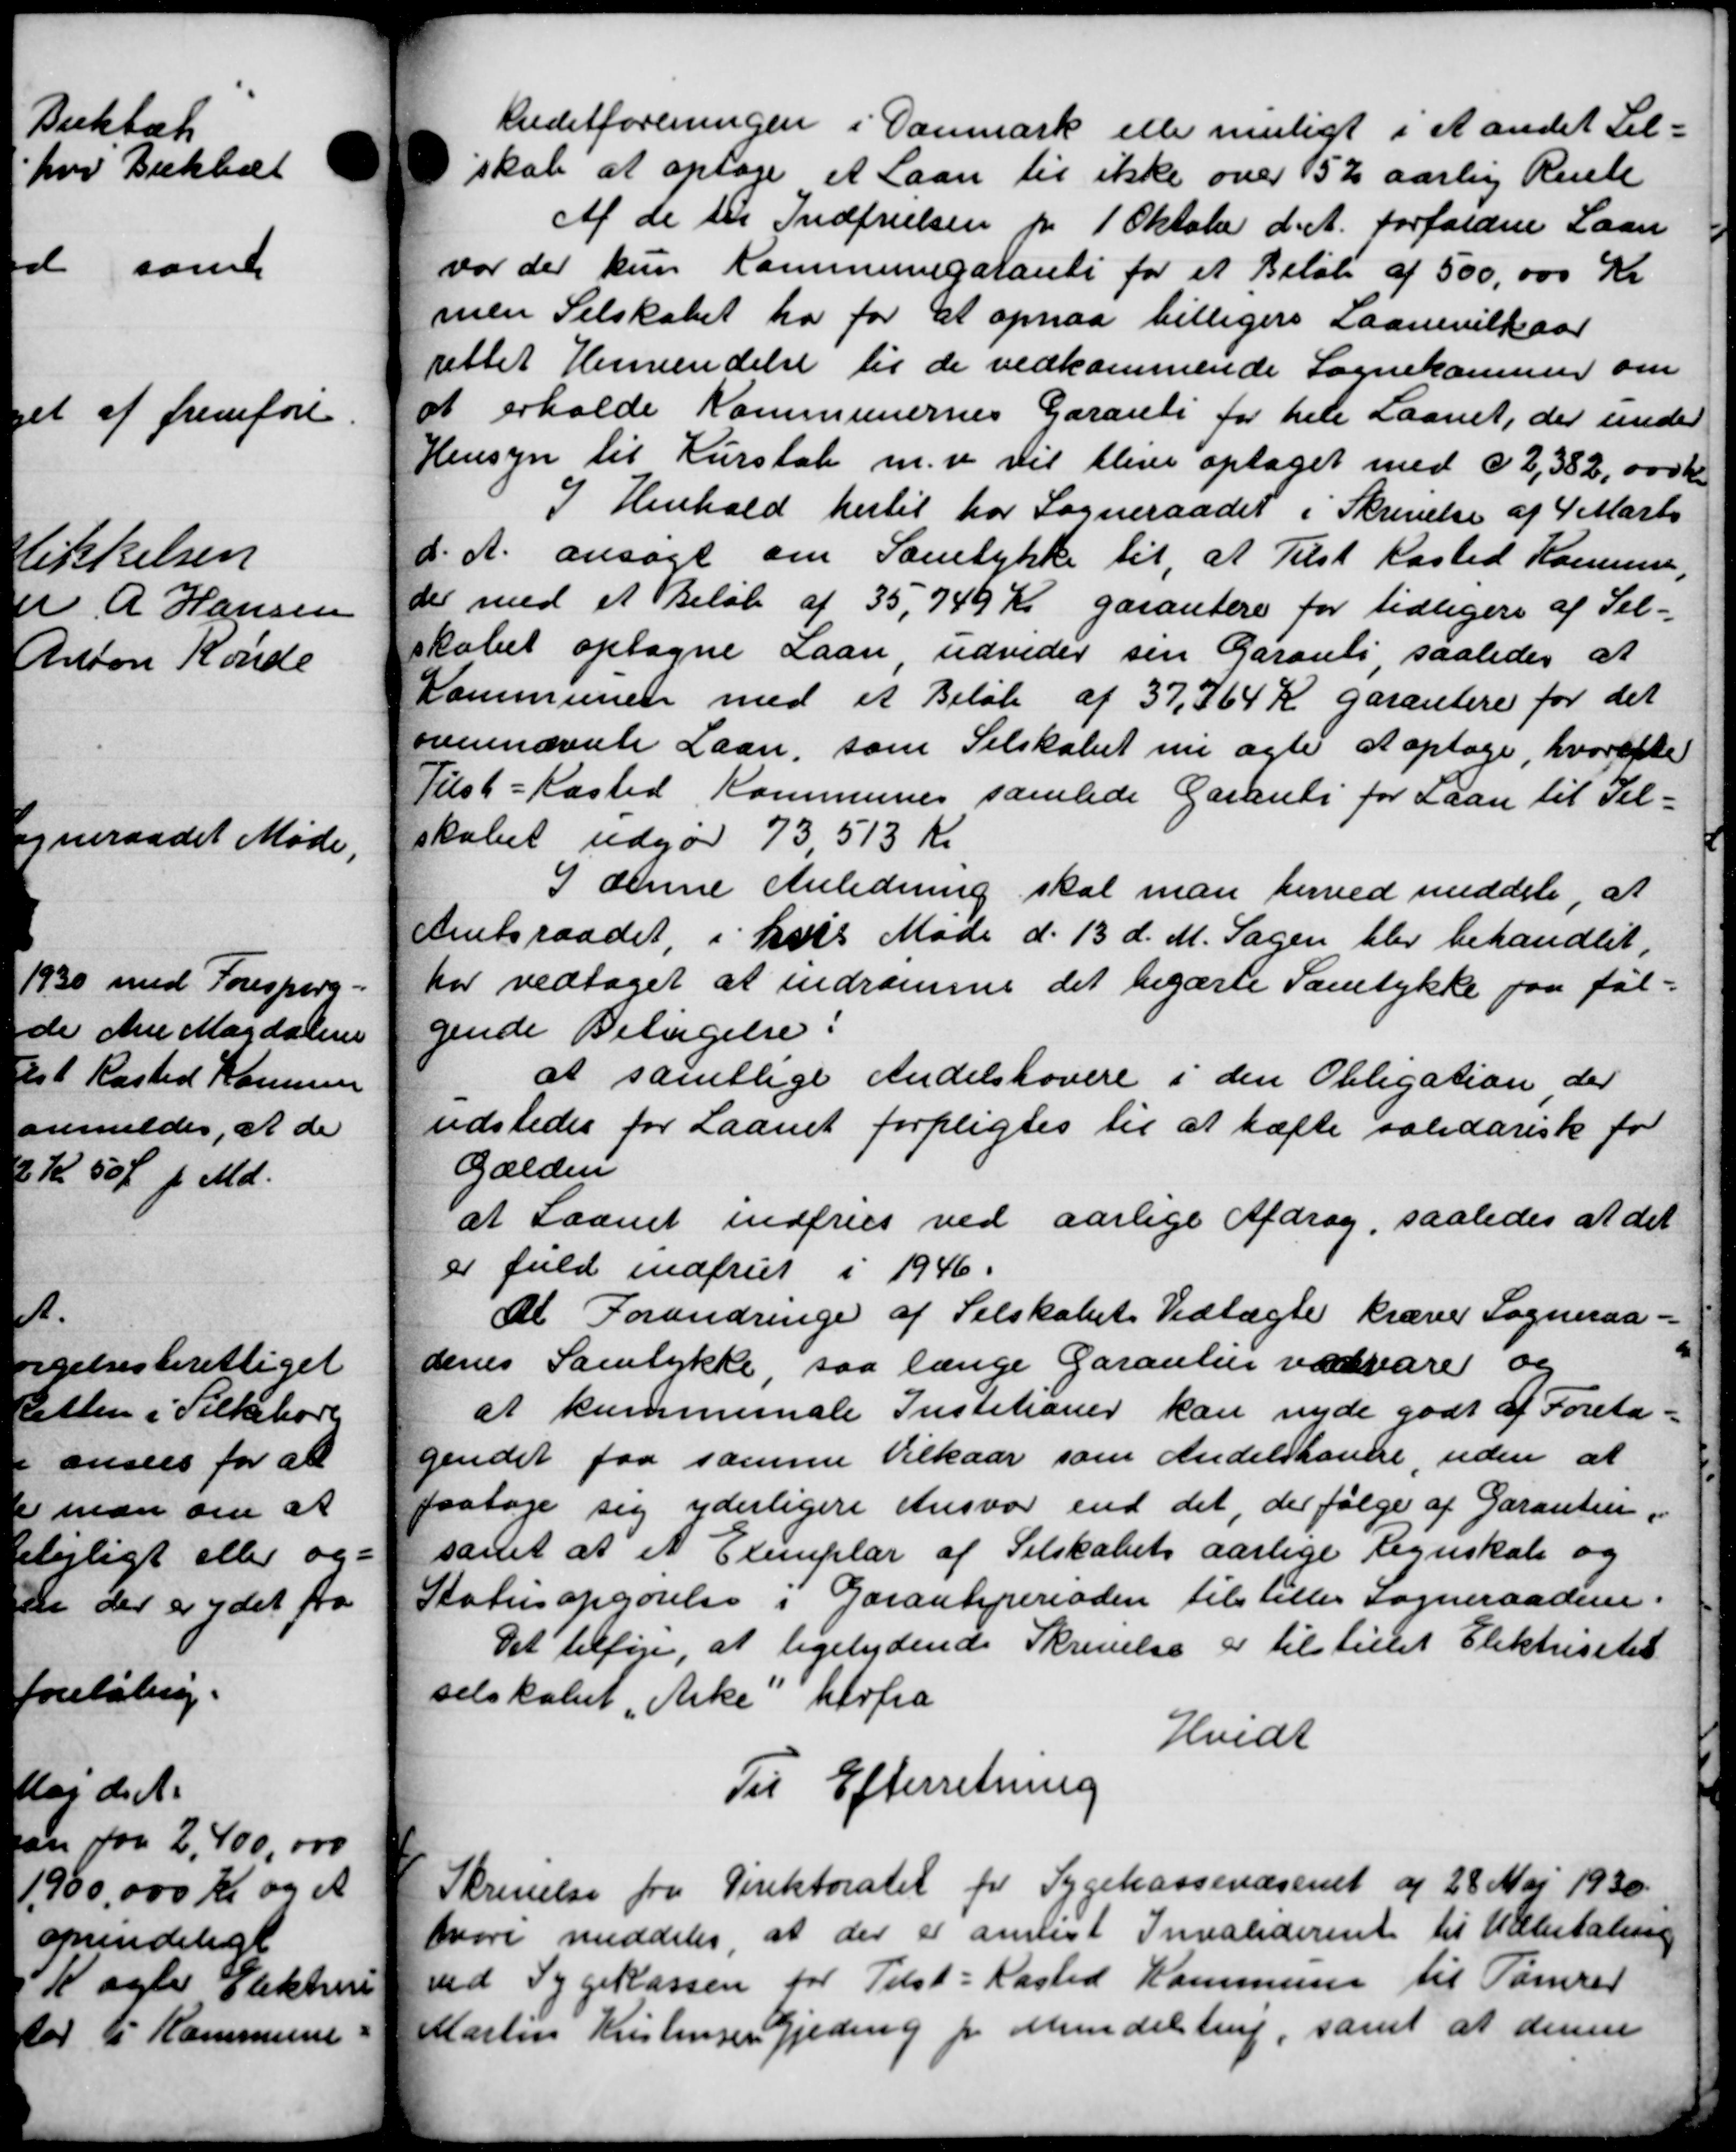
Transskription:
Kreditforeningen i Danmark eller muligt i Aandet Til-
skab at optage et Laan til ikke over 5½ aarlig Rente
Af de til Indfrielsen pr 1 Oktober d. A. Forfaldne Laan
var der kun Kommunegaranti for et Beløb af 500,000 Kr
men Selskabet har for at opnaa billigere Laanevilkaar
rettet Henvendelse til de vedkommende Sognekommer om
at erholde Kommunernes Garanti for hele Laanet, der under
Hensyn til Kurstab m. v vil blive optaget med c 2,382,000 Kr
I Henhold hertil har Sogneraadet i Skrivelse af 4 Marts
d. A. ansøgt om Samtykke til, at Tilst Kasted Komune,
der med et Beløb af 35,749 Kr garantere for tidligere af Sel-
skabet optagne Laan, udvider sin Garants saaledes at
Kommunen med et Beløb af 37,764 K garantere for det
vennævnte Laan, som Selskabet nu agte at optage, hvorefte
Tilst-Kasted Kommunes samlede Garanti for Laan til Sel-
kabet udgør 73513 Kr
I denne Anledning skal man herved meddele at
Amtsraadet, i hvis Møde d. 13 d. M. Sagen blev behandlet,
har vedtaget at indramme det begærte Samtykke paa fal-
gende Betingelse:
at samtlige Andelskovere i den Obligation der
udstedes for Laanet forpligtes til at hæfte solidarisk for
Gælden
at Laanet indfries ved aarlige Afdrag, saaledes at det
er fuld indfriet i 1946.
At Forandringe af Selskabets Vedtægte kræver Sogneraa-
denes Samtykke saa længe Garantier vedvare og
at kommunale Instationer kan nyde godt af Foreta-
gendet faa samme Vilkaar som Andelskamre, uden at
paatage sig yderligere Ansvar end det, der følge af Garanten.
samt at et Exemplar af Selskabets aarlige Regnskab og
Statusopgørelse i Garantiperioden tilstilles Sogneraadene.
Det tilføje, at ligelydende Skrivelse er tilstillet Elektricitet
selskabet "Arke herfra
Hvidt
Til Efterretning
Skrivelse fra Direktoratet for Sygekassevæsenet af 28 Mai 1930
svare meddeles, at der er antest Invaliderente til Udbetaling
ved Sygekassen for Tilst-Kasted Kommune til Tømrer
i Kristensen Gjeding pr. Mundelstrup, samt at denne
Man